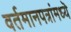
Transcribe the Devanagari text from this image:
वर्तमानपत्रांमध्यॆ